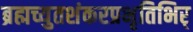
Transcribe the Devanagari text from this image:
ब्रह्मच्युतशंकरप्रभृतिभिर्‌